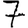
Digit: 7